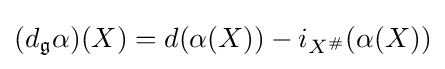
(d_{\mathfrak {g}}\alpha )(X)=d(\alpha (X))-i_{X^{\#}}(\alpha (X))